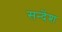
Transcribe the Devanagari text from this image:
सन्देंश